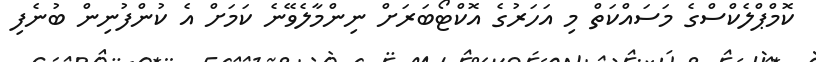
ކޮމްޕްލެކްސްގެ މަސައްކަތް މި އަހަރުގެ އޮކްޓޯބަރަށް ނިންމާލެވޭނެ ކަމަށް އެ ކުންފުނިން ބުނެފި